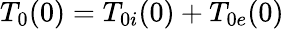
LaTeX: T_{0}(0)=T_{0i}(0)+T_{0e}(0)